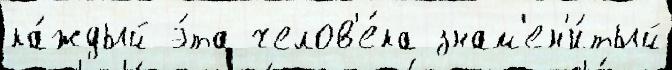
ка́ждый э́та челов'е́ка знам'ен'и́тый